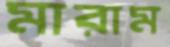
মারাম